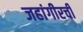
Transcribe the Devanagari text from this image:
जहांगीरची